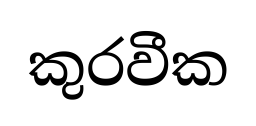
කුරවීක